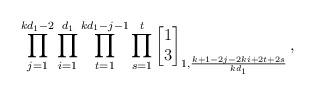
LaTeX: \begin{align*}\prod_{j=1}^{kd_1-2}\prod_{i=1}^{d_1}\prod_{t=1}^{kd_1-j-1}\prod_{s=1}^{t}\begin{bmatrix}1\\3\end{bmatrix}_{1,\frac{k+1-2j-2ki+2t+2s}{kd_1}},\end{align*}